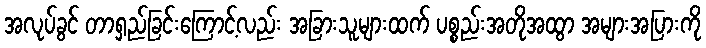
အလုပ်ခွင် တာရှည်ခြင်းကြောင့်လည်း အခြားသူများထက် ပစ္စည်းအတိုအထွာ အများအပြားကို